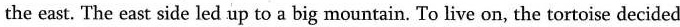
the east. The east side led up to a big mountain. To live on, the tortoise decided